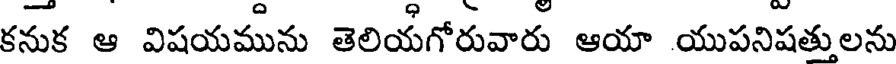
కనుక ఆ విషయమును తెలియగోరువారు ఆయా యుపనిషత్తులను